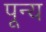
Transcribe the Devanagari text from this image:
पून्य